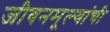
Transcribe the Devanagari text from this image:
जीवनमूल्यांची